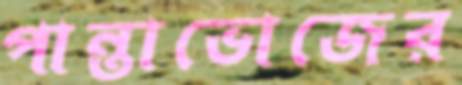
পান্তাভোজের